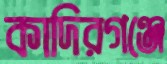
কাদিরগঞ্জে